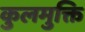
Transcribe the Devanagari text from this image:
कुलमुक्ति